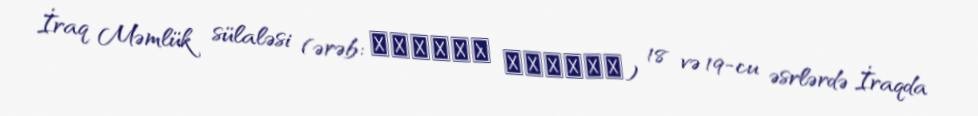
İraq Məmlük sülaləsi (ərəb: مماليك العراق) 18 və 19-cu əsrlərdə İraqda